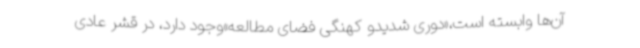
آن‌ها وابسته است،«دوری شدیدو کهنگی فضای مطالعه»وجود دارد، در قشر عادی